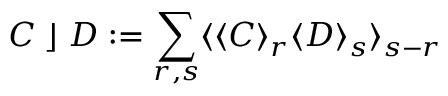
C \; \rfloor \; D : = \sum _ { r , s } \langle \langle C \rangle _ { r } \langle D \rangle _ { s } \rangle _ { s - r }